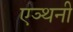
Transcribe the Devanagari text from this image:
एञ्थनी